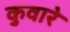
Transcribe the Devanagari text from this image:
कुवारे